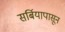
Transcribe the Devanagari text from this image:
सर्बियापासून